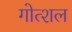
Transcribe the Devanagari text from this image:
गोत्शल